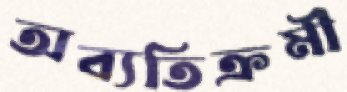
অব্যতিক্রমী